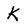
Character: K